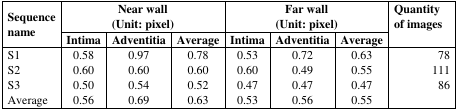
<table><thead><tr><td rowspan="2"><b>Sequence name</b></td><td colspan="3"><b>Near wall (Unit: pixel)</b></td><td colspan="3"><b>Far wall (Unit: pixel)</b></td><td rowspan="2"><b>Quantity of images</b></td></tr><tr><td><b>Intima</b></td><td><b>Adventitia</b></td><td><b>Average</b></td><td><b>Intima</b></td><td><b>Adventitia</b></td><td><b>Average</b></td></tr></thead><tbody><tr><td>S1S2S3Average</td><td>0.580.600.500.56</td><td>0.970.600.540.69</td><td>0.780.600.520.63</td><td>0.530.600.470.53</td><td>0.720.490.470.56</td><td>0.630.550.470.55</td><td>7811186</td></tr></tbody></table>